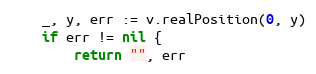
Language: Go
	_, y, err := v.realPosition(0, y)
	if err != nil {
		return "", err